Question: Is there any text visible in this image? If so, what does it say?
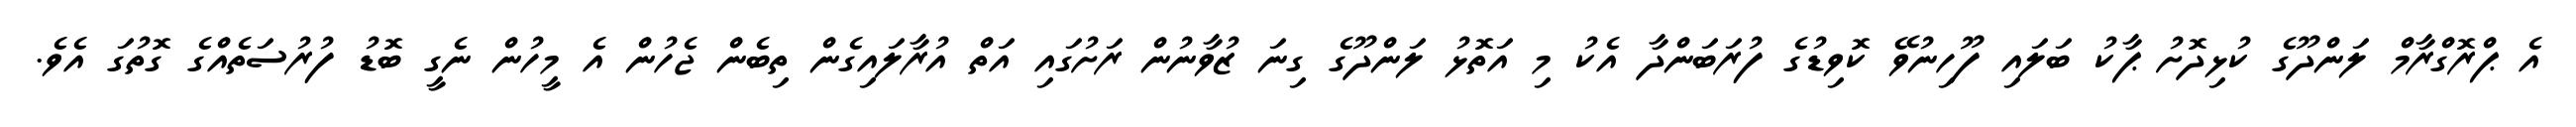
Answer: އެ ޕްރޮގްރާމް ލަންދޫގެ ކުޅިދޮށު ޕާކު ބަލައި ފޫހިނުވޭ ކޮވިޑުގެ ފުރަބަންދާ އެކު މި އަތޮޅު ލަންދޫގެ ގިނަ ޒުވާނުން ރަށުގައި އަތް އުރާލައިގެން ތިބެން ޖެހުން އެ މީހުން ނެގީ ބޮޑު ފުރުސަތެއްގެ ގޮތުގަ އެވެ.